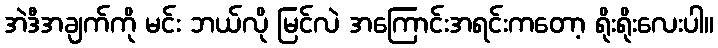
အဲဒီအချက်ကို မင်း ဘယ်လို မြင်လဲ အကြောင်းအရင်းကတော့ ရိုးရိုးလေးပါ။